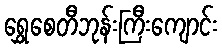
ရွှေစေတီဘုန်းကြီးကျောင်း